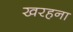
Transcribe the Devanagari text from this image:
खरहना